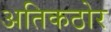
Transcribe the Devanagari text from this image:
अतिकठोर